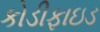
કોડીફાઇડ